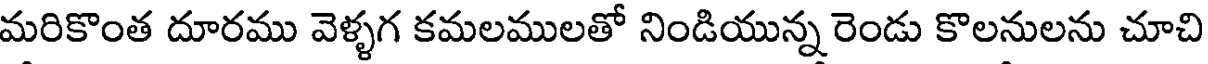
మరికొంత దూరము వెళ్ళగ కమలములతో నిండియున్న రెండు కొలనులను చూచి